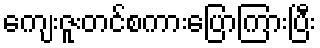
ကျေးဇူးတင်စကားပြောကြားပြီး